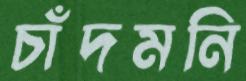
চাঁদমনি